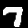
Digit: 7